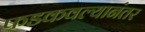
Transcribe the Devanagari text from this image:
फडकवल्यानंतर